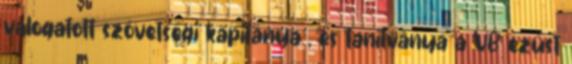
válogatott szövetségi kapitánya , és tanítványa a VB ezüst